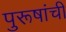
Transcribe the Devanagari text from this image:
पुरूषांची